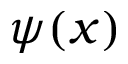
\psi ( x )